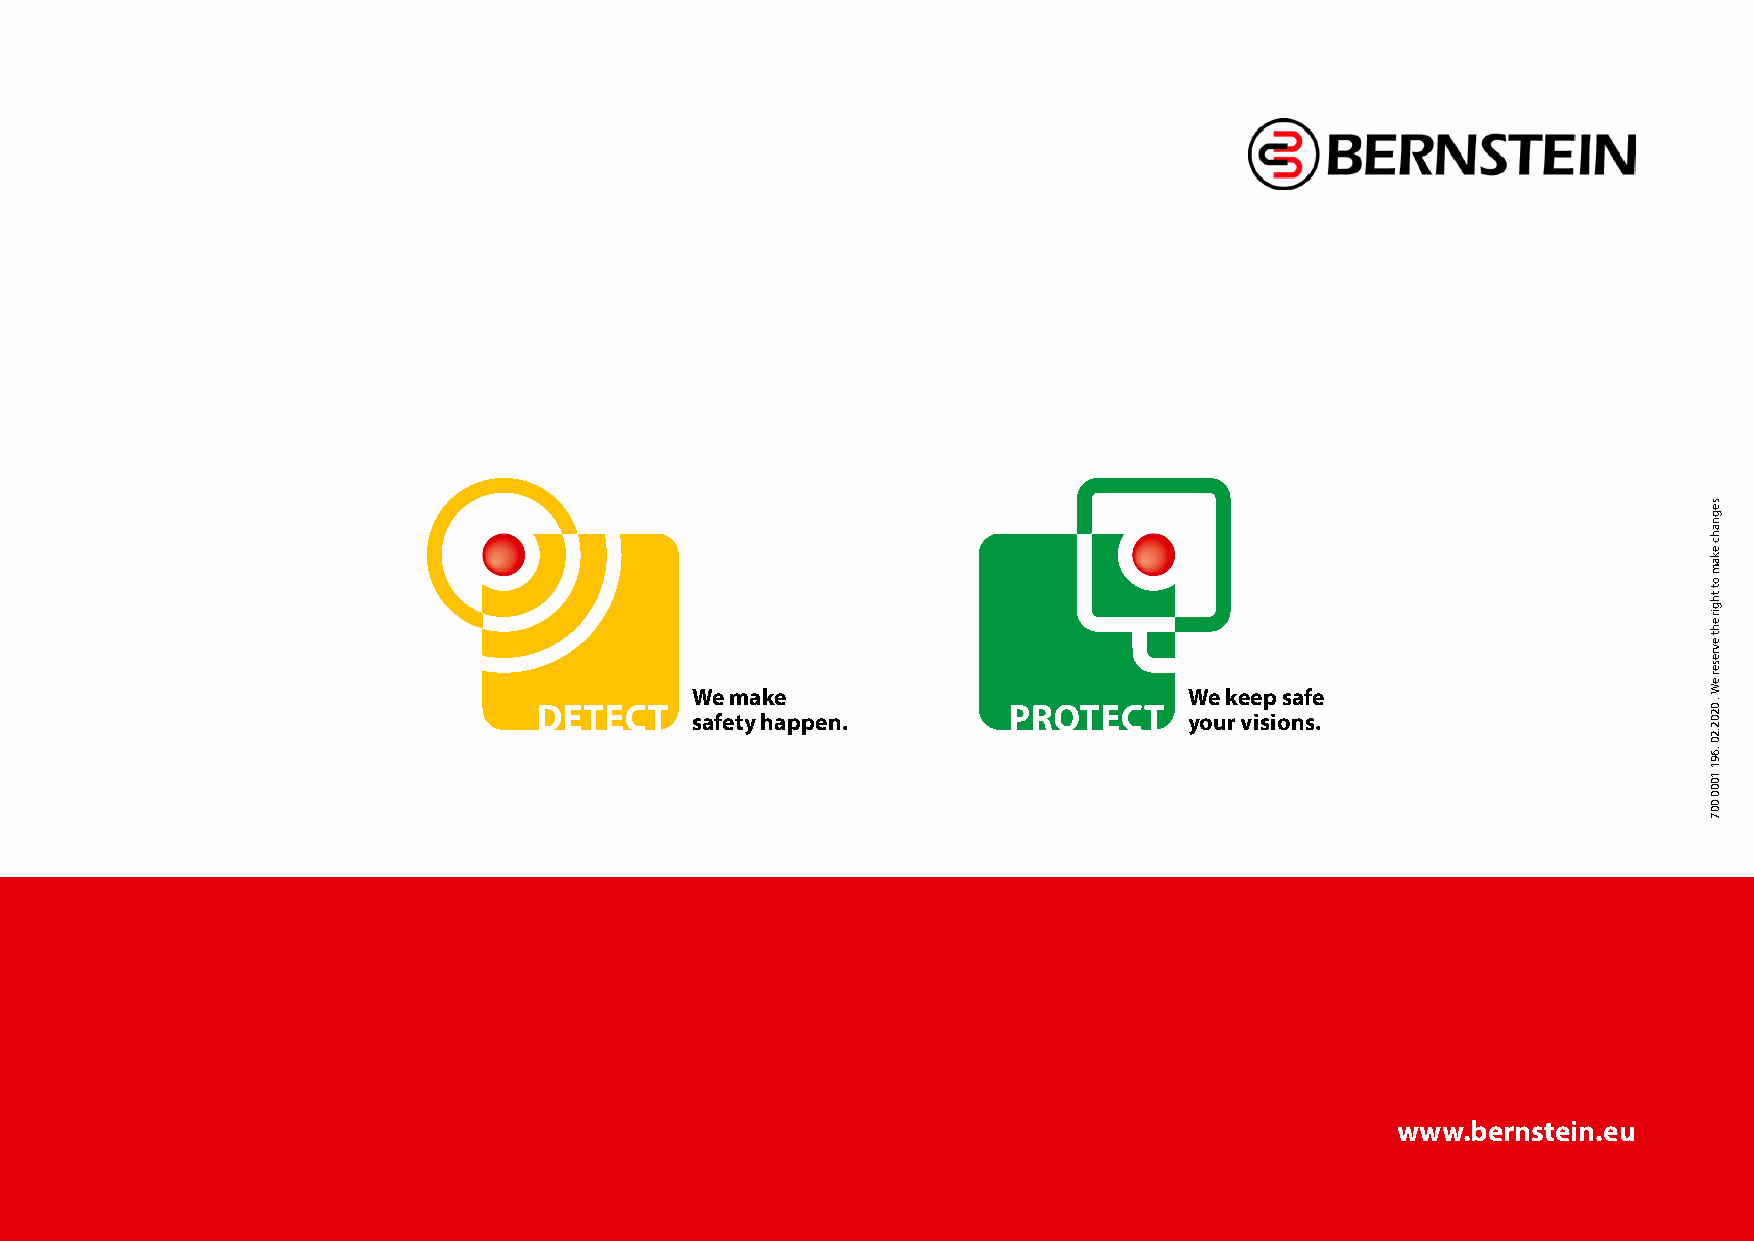
We make                          We keep safe
 safety happen.                   your visions.
 www.bernstein.eu
 segnahc
 ekam
 ot
 thgir
 eht
 evreser
 eW
 . 0202.20
 .691
 1000
 007